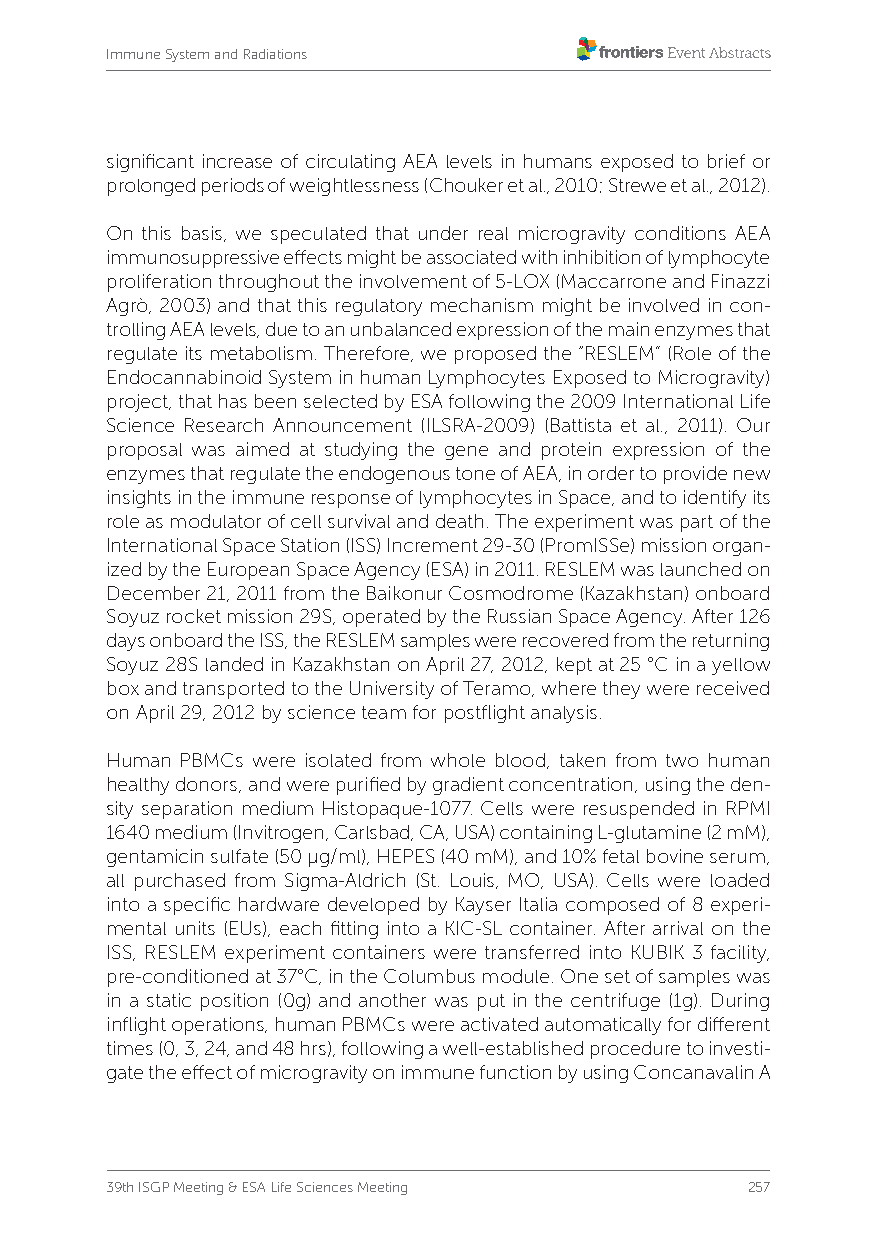
Immune System and Radiations
 significant increase of circulating AEA levels in humans exposed to brief or
 prolonged periods of weightlessness (Chouker et al., 2010; Strewe et al., 2012).
 On this basis, we speculated that under real microgravity conditions AEA
 immunosuppressive effects might be associated with inhibition of lymphocyte
 proliferation throughout the involvement of 5-LOX (Maccarrone and Finazzi
 Agrò, 2003) and that this regulatory mechanism might be involved in con-
 trolling AEA levels, due to an unbalanced expression of the main enzymes that
 regulate its metabolism. Therefore, we proposed the “RESLEM” (Role of the
 Endocannabinoid System in human Lymphocytes Exposed to Microgravity)
 project, that has been selected by ESA following the 2009 International Life
 Science Research Announcement (ILSRA-2009) (Battista et al., 2011). Our
 proposal was aimed at studying the gene and protein expression of the
 enzymes that regulate the endogenous tone of AEA, in order to provide new
 insights in the immune response of lymphocytes in Space, and to identify its
 role as modulator of cell survival and death. The experiment was part of the
 International Space Station (ISS) Increment 29-30 (PromISSe) mission organ-
 ized by the European Space Agency (ESA) in 2011. RESLEM was launched on
 December 21, 2011 from the Baikonur Cosmodrome (Kazakhstan) onboard
 Soyuz rocket mission 29S, operated by the Russian Space Agency. After 126
 days onboard the ISS, the RESLEM samples were recovered from the returning
 Soyuz 28S landed in Kazakhstan on April 27, 2012, kept at 25 °C in a yellow
 box and transported to the University of Teramo, where they were received
 on April 29, 2012 by science team for postflight analysis.
 Human PBMCs were isolated from whole blood, taken from two human
 healthy donors, and were purified by gradient concentration, using the den-
 sity separation medium Histopaque-1077. Cells were resuspended in RPMI
 1640 medium (Invitrogen, Carlsbad, CA, USA) containing L-glutamine (2 mM),
 gentamicin sulfate (50 µg/ml), HEPES (40 mM), and 10% fetal bovine serum,
 all purchased from Sigma-Aldrich (St. Louis, MO, USA). Cells were loaded
 into a specific hardware developed by Kayser Italia composed of 8 experi-
 mental units (EUs), each fitting into a KIC-SL container. After arrival on the
 ISS, RESLEM experiment containers were transferred into KUBIK 3 facility,
 pre-conditioned at 37°C, in the Columbus module. One set of samples was
 in a static position (0g) and another was put in the centrifuge (1g). During
 inflight operations, human PBMCs were activated automatically for different
 times (0, 3, 24, and 48 hrs), following a well-established procedure to investi-
 gate the effect of microgravity on immune function by using Concanavalin A
 39th ISGP Meeting & ESA Life Sciences Meeting 257